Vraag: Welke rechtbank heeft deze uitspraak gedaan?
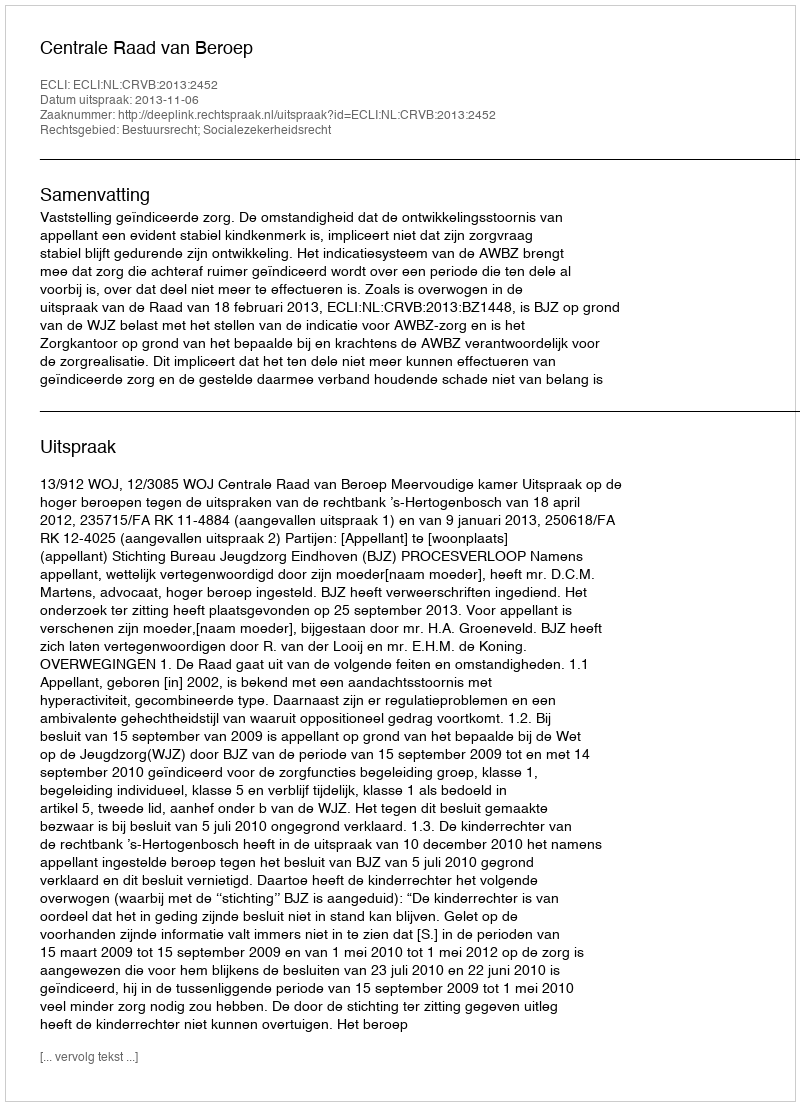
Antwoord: Centrale Raad van Beroep